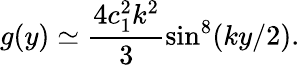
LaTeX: g(y)\simeq\frac{4c_{1}^{2}k^{2}}{3}\sin^{8}(ky/2).